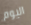
اليوم